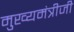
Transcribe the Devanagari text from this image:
मुख्यमंत्रीजी